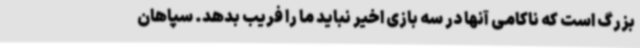
بزرگ است که ناکامی آنها در سه بازی اخیر نباید ما را فریب بدهد. سپاهان